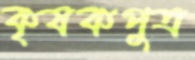
কৃষকপুত্র